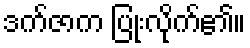
ဒက်ဇာက ပြုံးလိုက်၏။